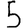
Digit: 5